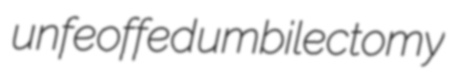
unfeoffed umbilectomy